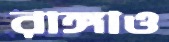
রাঙ্গাও